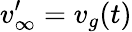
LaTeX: v_{\infty}^{\prime}=v_{g}(t)